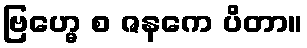
ဗြဟ္မေ စ ဇနကေ ပိတာ။